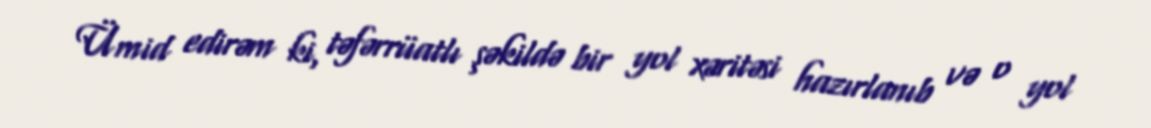
Ümid edirəm ki, təfərrüatlı şəkildə bir yol xəritəsi hazırlanıb və o yol